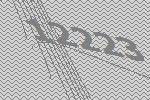
12223